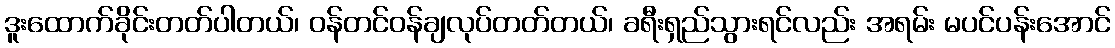
ဒူးထောက်ခိုင်းတတ်ပါတယ်၊ ဝန်တင်ဝန်ချလုပ်တတ်တယ်၊ ခရီးရှည်သွားရင်လည်း အရမ်း မပင်ပန်းအောင်